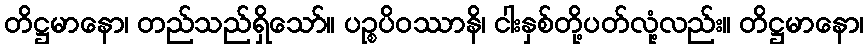
တိဋ္ဌမာနော၊ တည်သည်ရှိသော်။ ပဉ္စပိဝဿာနိ၊ ငါးနှစ်တို့ပတ်လုံ့လည်း။ တိဋ္ဌမာနော၊